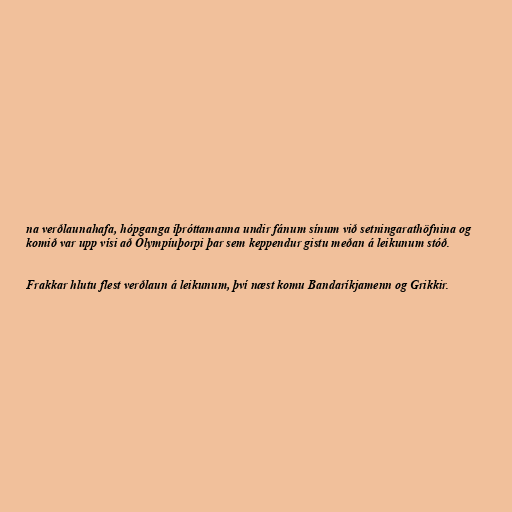
na verðlaunahafa, hópganga íþróttamanna undir fánum sínum við setningarathöfnina og
komið var upp vísi að Ólympíuþorpi þar sem keppendur gistu meðan á leikunum stóð.

Frakkar hlutu flest verðlaun á leikunum, því næst komu Bandaríkjamenn og Grikkir.